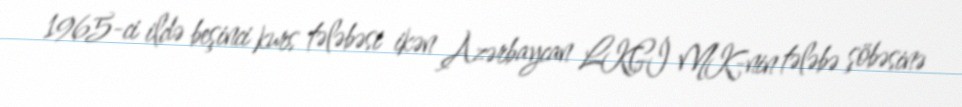
1965-ci ildə beşinci kurs tələbəsi ikən Azərbaycan LKGİ MK-nin tələbə şöbəsinə